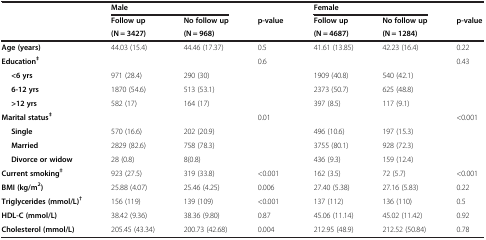
<table><thead><tr><td rowspan="3"><b> </b></td><td colspan="2"><b>Male</b></td><td><b> </b></td><td colspan="2"><b>Female</b></td><td><b> </b></td></tr><tr><td><b>Follow up</b></td><td><b>No follow up</b></td><td rowspan="2"><b>p-value</b></td><td><b>Follow up</b></td><td><b>No follow up</b></td><td rowspan="2"><b>p-value</b></td></tr><tr><td><b>(N = 3427)</b></td><td><b>(N = 968)</b></td><td><b>(N = 4687)</b></td><td><b>(N = 1284)</b></td></tr></thead><tbody><tr><td><b>Age (years)</b></td><td>44.03 (15.4)</td><td>44.46 (17.37)</td><td>0.5</td><td>41.61 (13.85)</td><td>42.23 (16.4)</td><td>0.22</td></tr><tr><td><b>Education</b><sup><b>‡</b></sup></td><td> </td><td> </td><td>0.6</td><td> </td><td> </td><td>0.43</td></tr><tr><td><b>&lt;6 yrs</b></td><td>971 (28.4)</td><td>290 (30)</td><td> </td><td>1909 (40.8)</td><td>540 (42.1)</td><td> </td></tr><tr><td><b>6-12 yrs</b></td><td>1870 (54.6)</td><td>513 (53.1)</td><td> </td><td>2373 (50.7)</td><td>625 (48.8)</td><td> </td></tr><tr><td><b>&gt;12 yrs</b></td><td>582 (17)</td><td>164 (17)</td><td> </td><td>397 (8.5)</td><td>117 (9.1)</td><td> </td></tr><tr><td><b>Marital status</b><sup><b>‡</b></sup></td><td> </td><td> </td><td>0.01</td><td> </td><td> </td><td>&lt;0.001</td></tr><tr><td><b>Single</b></td><td>570 (16.6)</td><td>202 (20.9)</td><td> </td><td>496 (10.6)</td><td>197 (15.3)</td><td> </td></tr><tr><td><b>Married</b></td><td>2829 (82.6)</td><td>758 (78.3)</td><td> </td><td>3755 (80.1)</td><td>928 (72.3)</td><td> </td></tr><tr><td><b>Divorce or widow</b></td><td>28 (0.8)</td><td>8(0.8)</td><td> </td><td>436 (9.3)</td><td>159 (12.4)</td><td> </td></tr><tr><td><b>Current smoking</b><sup><b>‡</b></sup></td><td>923 (27.5)</td><td>319 (33.8)</td><td>&lt;0.001</td><td>162 (3.5)</td><td>72 (5.7)</td><td>&lt;0.001</td></tr><tr><td><b>BMI (kg/m</b><sup><b>2</b></sup><b>)</b></td><td>25.88 (4.07)</td><td>25.46 (4.25)</td><td>0.006</td><td>27.40 (5.38)</td><td>27.16 (5.83)</td><td>0.22</td></tr><tr><td><b>Triglycerides (mmol/L)</b><sup><b>†</b></sup></td><td>156 (119)</td><td>139 (109)</td><td>&lt;0.001</td><td>137 (112)</td><td>136 (110)</td><td>0.5</td></tr><tr><td><b>HDL-C (mmol/L)</b></td><td>38.42 (9.36)</td><td>38.36 (9.80)</td><td>0.87</td><td>45.06 (11.14)</td><td>45.02 (11.42)</td><td>0.92</td></tr><tr><td><b>Cholesterol (mmol/L)</b></td><td>205.45 (43.34)</td><td>200.73 (42.68)</td><td>0.004</td><td>212.95 (48.9)</td><td>212.52 (50.84)</td><td>0.78</td></tr></tbody></table>